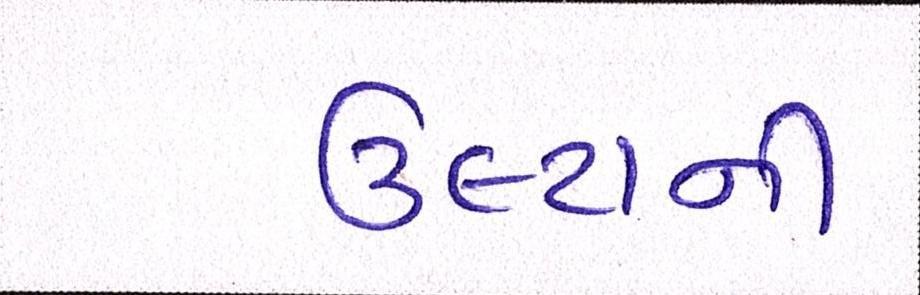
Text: ઉલ્ટાની